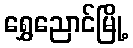
ရွှေညောင်မြို့